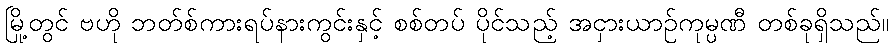
မြို့တွင် ဗဟို ဘတ်စ်ကားရပ်နားကွင်းနှင့် စစ်တပ် ပိုင်သည့် အငှားယာဉ်ကုမ္ပဏီ တစ်ခုရှိသည်။